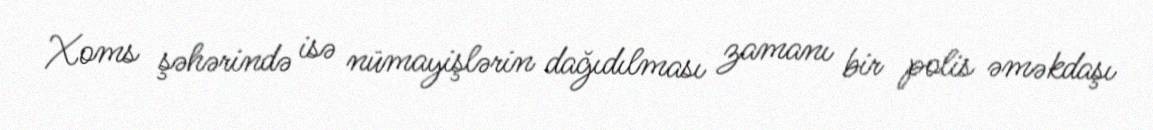
Xoms şəhərində isə nümayişlərin dağıdılması zamanı bir polis əməkdaşı